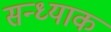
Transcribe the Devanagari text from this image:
सन्ध्याक